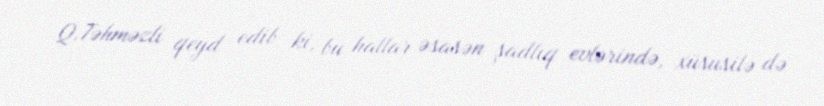
Q.Təhməzli qeyd edib ki, bu hallar əsasən şadlıq evlərində, xüsusilə də